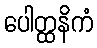
ပေါတ္ထနိကံ